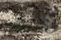
قبل